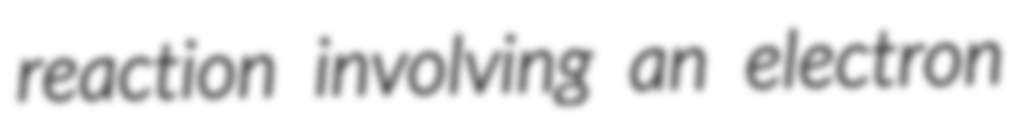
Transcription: reaction involving an electron